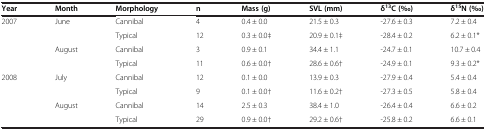
<table><thead><tr><td><b>Year</b></td><td><b>Month</b></td><td><b>Morphology</b></td><td><b>n</b></td><td><b>Mass (g)</b></td><td><b>SVL (mm)</b></td><td><b>δ<sup>13</sup>C (‰)</b></td><td><b>δ<sup>15</sup>N (‰)</b></td></tr></thead><tbody><tr><td rowspan="2">2007</td><td rowspan="2">June</td><td>Cannibal</td><td>4</td><td>0.4 ± 0.0</td><td>21.5 ± 0.3</td><td>-27.6 ± 0.3</td><td>7.2 ± 0.4</td></tr><tr><td>Typical</td><td>12</td><td>0.3 ± 0.0‡</td><td>20.9 ± 0.1‡</td><td>-28.4 ± 0.2</td><td>6.2 ± 0.1*</td></tr><tr><td rowspan="2"></td><td rowspan="2">August</td><td>Cannibal</td><td>3</td><td>0.9 ± 0.1</td><td>34.4 ± 1.1</td><td>-24.7 ± 0.1</td><td>10.7 ± 0.4</td></tr><tr><td>Typical</td><td>11</td><td>0.6 ± 0.0†</td><td>28.6 ± 0.6†</td><td>-24.9 ± 0.1</td><td>9.3 ± 0.2*</td></tr><tr><td rowspan="2">2008</td><td rowspan="2">July</td><td>Cannibal</td><td>12</td><td>0.1 ± 0.0</td><td>13.9 ± 0.3</td><td>-27.9 ± 0.4</td><td>5.4 ± 0.4</td></tr><tr><td>Typical</td><td>9</td><td>0.1 ± 0.0†</td><td>11.6 ± 0.2†</td><td>-27.3 ± 0.5</td><td>5.8 ± 0.4</td></tr><tr><td rowspan="2"></td><td rowspan="2">August</td><td>Cannibal</td><td>14</td><td>2.5 ± 0.3</td><td>38.4 ± 1.0</td><td>-26.4 ± 0.4</td><td>6.6 ± 0.2</td></tr><tr><td>Typical</td><td>29</td><td>0.9 ± 0.0†</td><td>29.2 ± 0.6†</td><td>-25.8 ± 0.2</td><td>6.6 ± 0.1</td></tr></tbody></table>